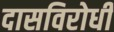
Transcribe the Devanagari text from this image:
दासविरोधी